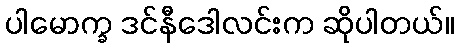
ပါမောက္ခ ဒင်နီဒေါလင်းက ဆိုပါတယ်။